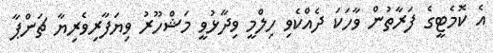
އެ ކޮމެޓީގެ ފަރާތުން ވާހަކަ ދެއްކެވި ހިލްމީ ވިދާޅުވީ މަޝްހޫރު ވިޔަފާރިވެރިޔާ ޗަންޕާ